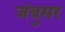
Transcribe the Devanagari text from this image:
जंबुसर